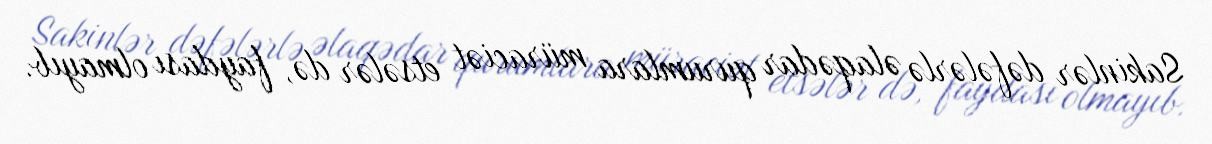
Sakinlər dəfələrlə əlaqədar qurumlara müraciət etsələr də, faydası olmayıb.